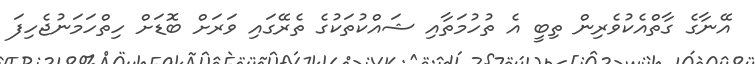
އޭނާގެ ގާތްއެކުވެރިން ތިބީ އެ ތުހުމަތާއި ޝައްކުތަކުގެ ތެރޭގައި ވަރަށް ބޮޑަށް ހިތްހަމަނުޖެހިފަ